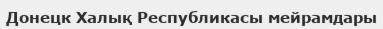
Донецк Халық Республикасы мейрамдары